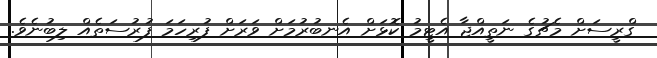
ގްރީސަށް މެޗުގެ ނަތީއްޖާ އެޓީމު ކޮޅަށް އެނބުރުމަށް ވަރަށް ފުރިހަމަ ފުރުސަތެއް ލިބުނެވެ.